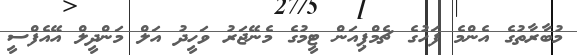
މުބާރާތުގެ އެންމެ ފަހުގެ ޗެމްޕިއަން ޓީމުގެ މެނޭޖަރު ވަހީދު އަލް މަންދީލް އޭއެފްސީ